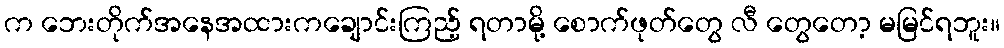
က ဘေးတိုက်အနေအထားကချောင်းကြည့် ရတာမို့ စောက်ဖုတ်တွေ လီ တွေတော့ မမြင်ရဘူး။